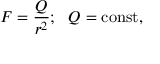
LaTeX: F = { \frac { Q } { r ^ { 2 } } } ; ~ ~ Q = \mathrm { c o n s t } ,